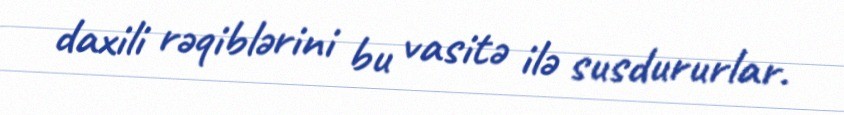
daxili rəqiblərini bu vasitə ilə susdururlar.